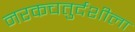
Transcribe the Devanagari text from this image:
नरकचतुर्दशीला